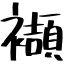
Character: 襭